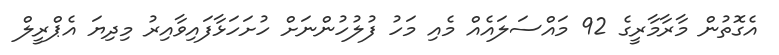
އެގޮތުން މާރާމާރީގެ 92 މައްސަލައެއް މެއި މަހު ފުލުހުންނަށް ހުށަހަޅާފައިވާއިރު މިދިޔަ އެޕްރީލް